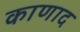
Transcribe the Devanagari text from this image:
काणाद